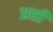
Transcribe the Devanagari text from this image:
असीं